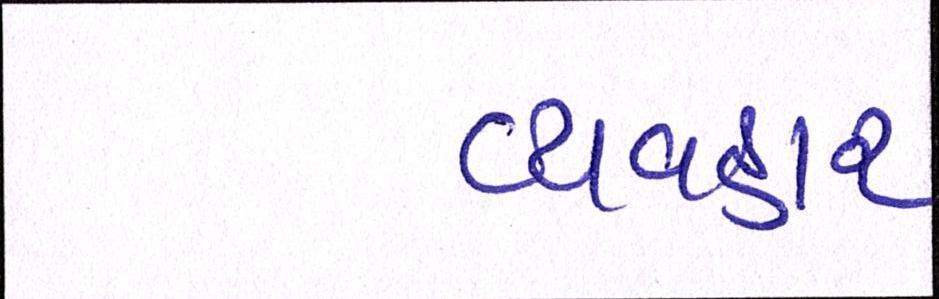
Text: વ્યવહાર